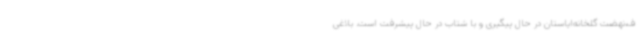
ف،نهضت گلخانه‌ایاستان در حال پیگیری و با شتاب در حال پیشرفت است. بلاغی